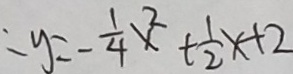
: y = - \frac { 1 } { 4 } x ^ { 2 } + \frac { 1 } { 2 } x + 2